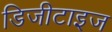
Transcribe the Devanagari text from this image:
डिजीटाइज